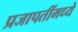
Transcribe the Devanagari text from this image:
प्रजापतींमध्ये